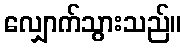
လျှောက်သွားသည်။